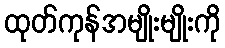
ထုတ်ကုန်အမျိုးမျိုးကို